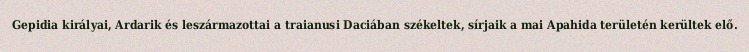
Gepidia királyai, Ardarik és leszármazottai a traianusi Daciában székeltek, sírjaik a mai Apahida területén kerültek elő.